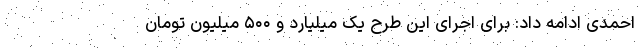
احمدی ادامه داد: برای اجرای این طرح یک میلیارد و ۵۰۰ میلیون تومان